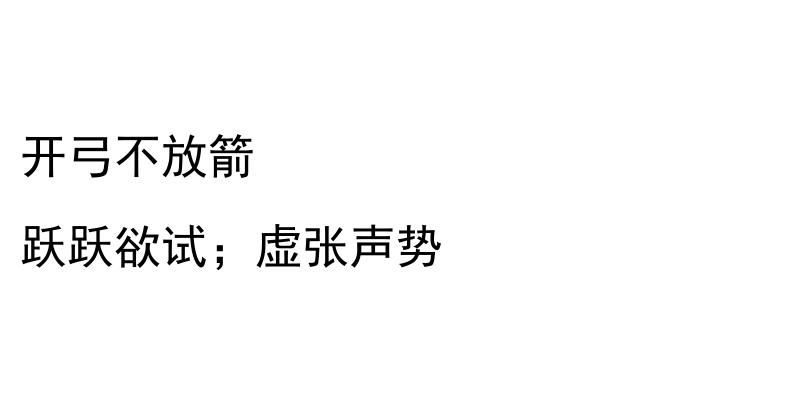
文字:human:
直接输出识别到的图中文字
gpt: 开弓不放箭 跃跃欲试；虚张声势